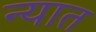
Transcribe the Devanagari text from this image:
न्यात